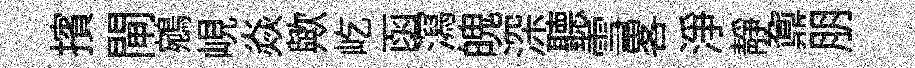
擯閘鵷峴焱歟屹函㵼魄深聽雪畧浄靜鼐朋